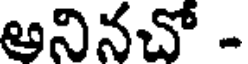
అనినచో -